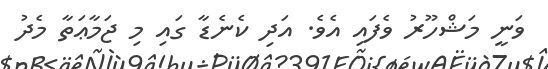
ވަނީ މަޝްހޫރު ވެފައި އެވެ. އަދި ކެނެޑާ ގައި މި ޖަމާޢަތާ މެދު